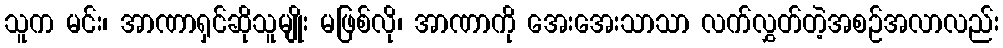
သူက မင်း၊ အာဏာရှင်ဆိုသူမျိုး မဖြစ်လို၊ အာဏာကို အေးအေးသာသာ လက်လွှတ်တဲ့အစဉ်အလာလည်း